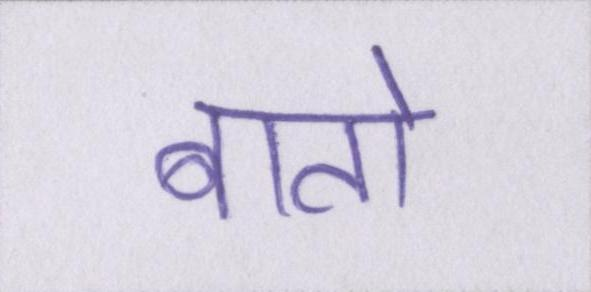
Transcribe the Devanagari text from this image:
बातो